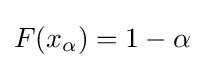
{\textstyle F(x_{\alpha })=1-\alpha }